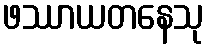
ဖဿာယတနေသု